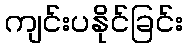
ကျင်းပနိုင်ခြင်း